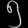
Digit: ၅